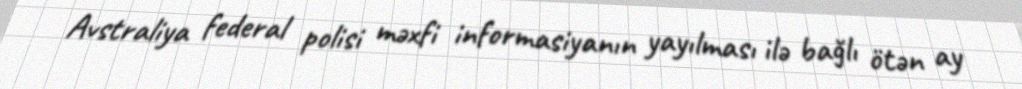
Avstraliya federal polisi məxfi informasiyanın yayılması ilə bağlı ötən ay